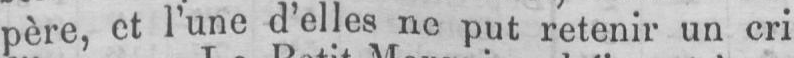
père, et l’une d’elles ne put retenir un cri